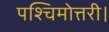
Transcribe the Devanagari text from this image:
पश्चिमोत्तरी।